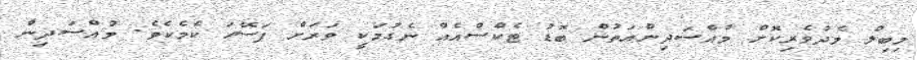
މިބިލް މެދުވެރިކޮށް މުއްސަދިންއަތުން ބޮޑު ޓެކްސްއެއް ނެގުމަކީ ވަރަށް ފަސޭހަ ކެމެކެވެ. މުއްސަދިން